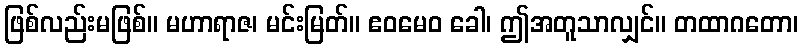
ဖြစ်လည်းမဖြစ်။ မဟာရာဇ၊ မင်းမြတ်။ ဧဝမေဝ ခေါ၊ ဤအတူသာလျှင်။ တထာဂတော၊